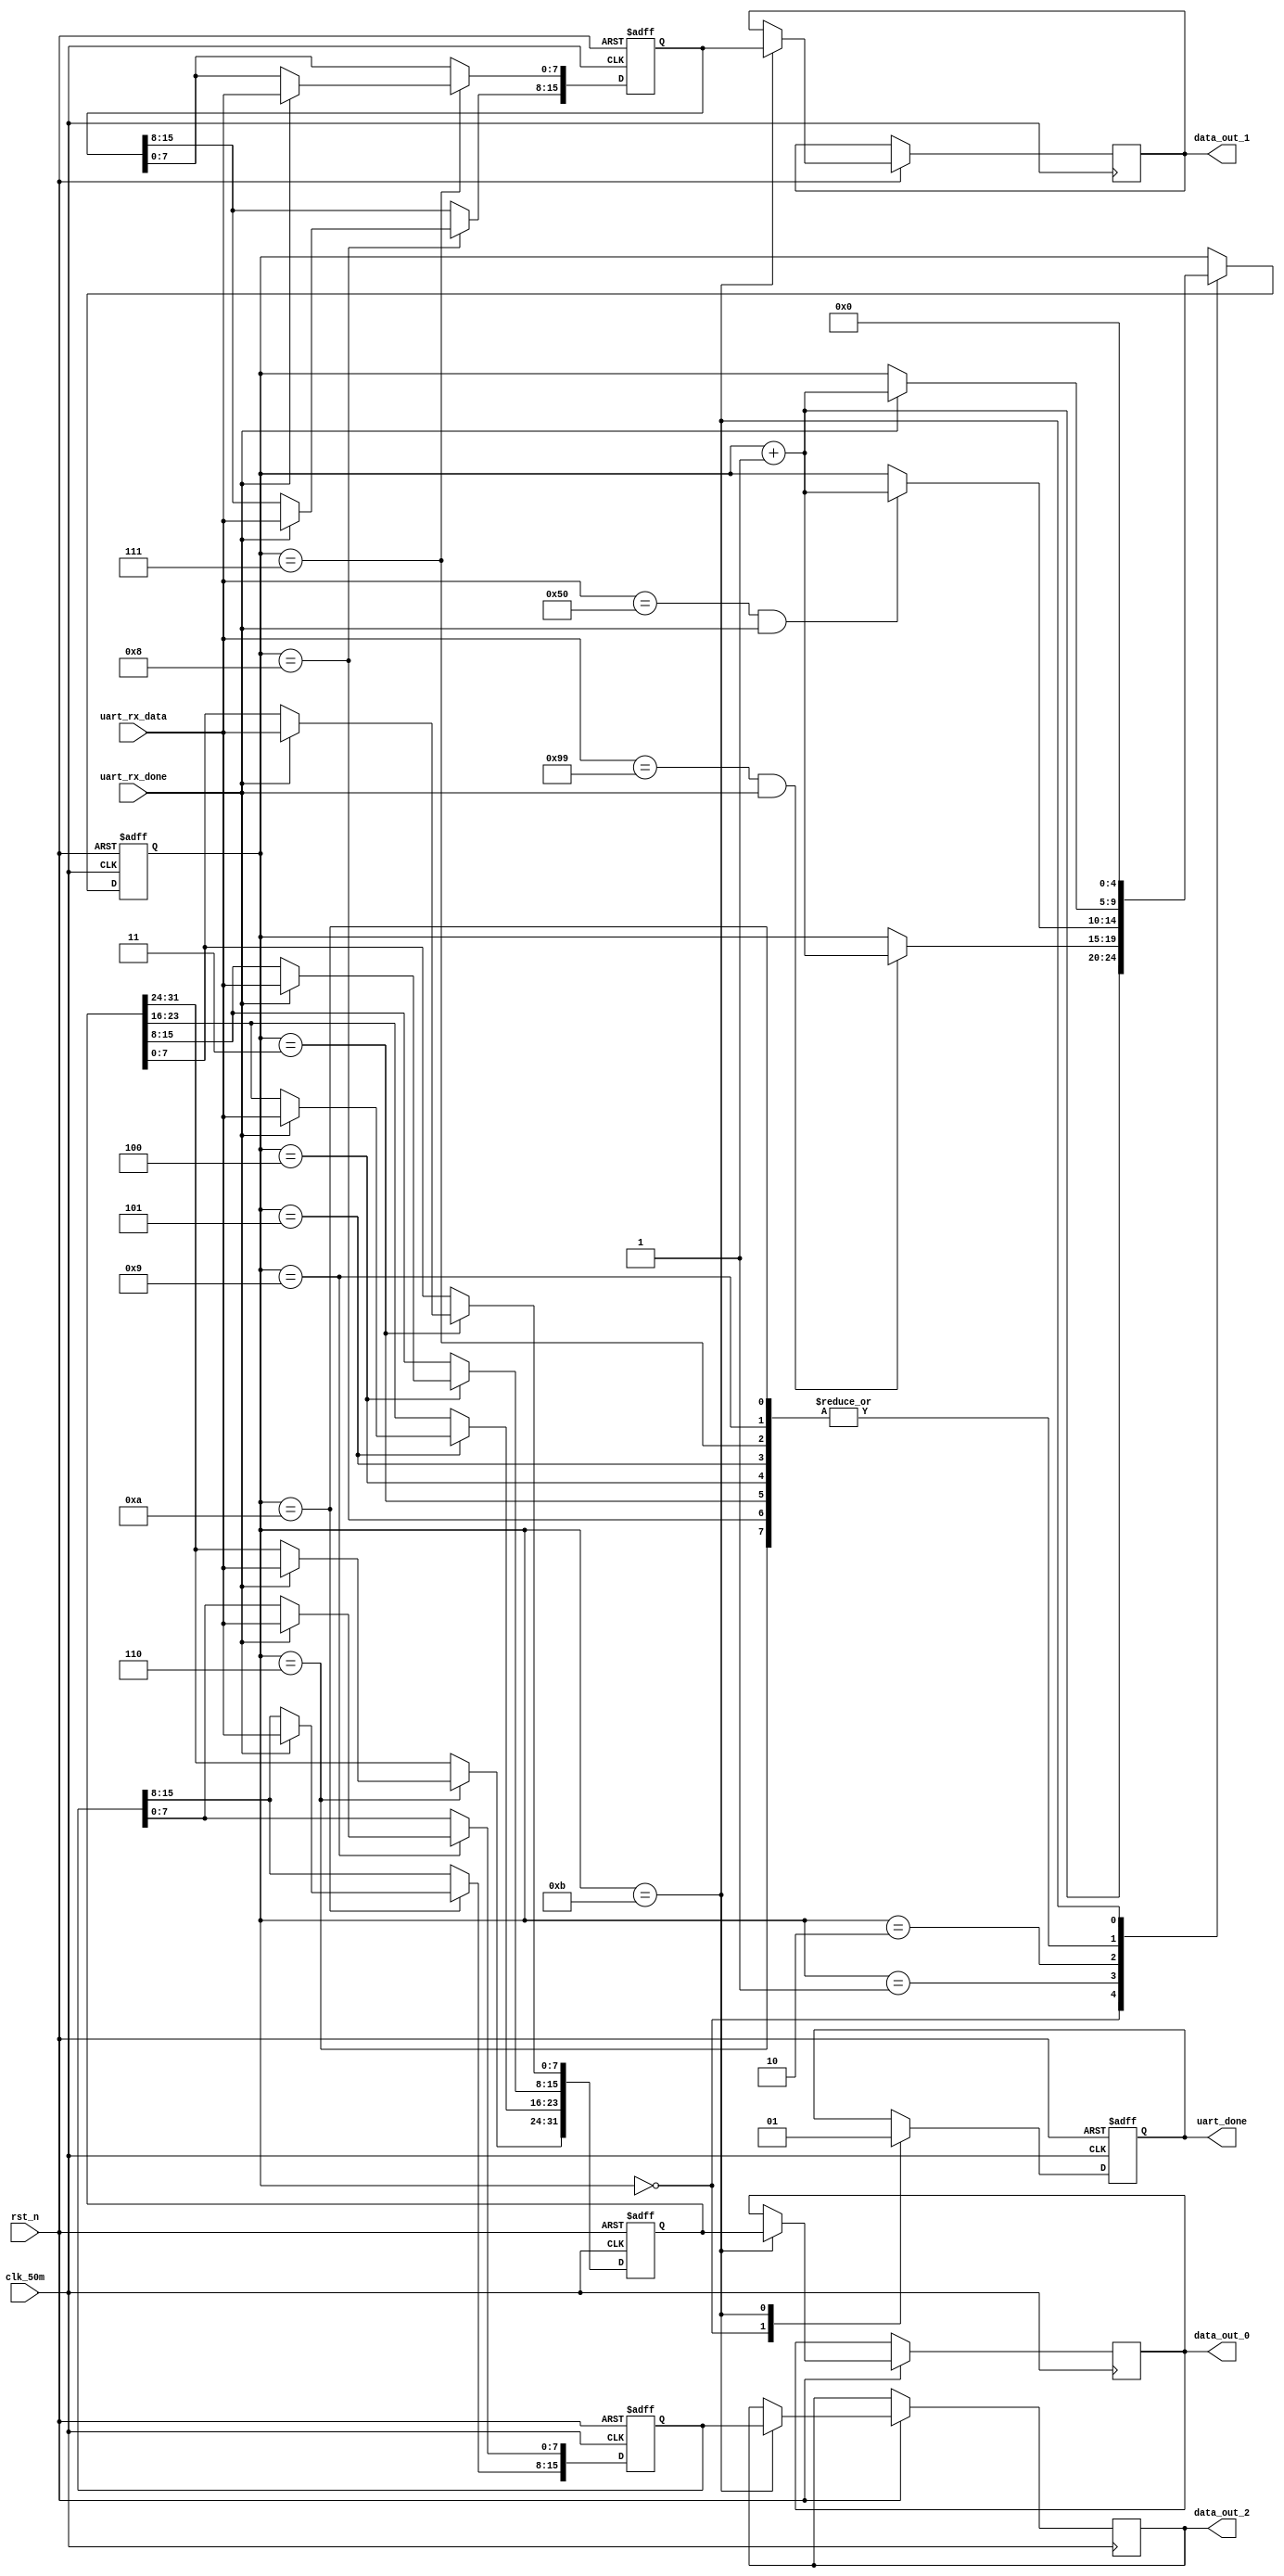
// This program was cloned from: https://github.com/Nitcloud/Digital-IDE
// License: GNU General Public License v3.0

module uart_rx_control
(
	input		    clk_50m,
	input 			rst_n,
	input			uart_rx_done,
	input  [7:0]    uart_rx_data,
	output [31:0]   data_out_0,
	output [15:0]   data_out_1,
	output [15:0]   data_out_2,
	output 			uart_done
);
reg [31:0] 			uart_data_buf_0;
reg [31:0] 			data_out_r_0;

reg [15:0] 			uart_data_buf_1;
reg [15:0] 			data_out_r_1;

reg [15:0] 			uart_data_buf_2;
reg [15:0] 			data_out_r_2;

reg [4:0] 			state;
reg 				   uart_done_buf;

always@(posedge clk_50m or negedge rst_n)
begin
	if(!rst_n)
	begin
		state <= 4'd0;
		uart_data_buf_0 <= 32'd0;
		uart_data_buf_1 <= 15'd0;
		uart_data_buf_2 <= 15'd0;
		uart_done_buf <= 1'd0;
	end
	else
	begin
		case(state)
			5'd0:begin uart_done_buf<=1'd0; state<=state+1; end
			5'd1:if((uart_rx_data == 8'h99)&&uart_rx_done)begin state<=state+1; end
			5'd2:if((uart_rx_data == 8'h50)&&uart_rx_done)begin state<=state+1; end				
			5'd3:if(uart_rx_done)begin uart_data_buf_0[7:0]<=uart_rx_data;  state<=state+1; end
			5'd4:if(uart_rx_done)begin uart_data_buf_0[15:8]<=uart_rx_data; state<=state+1; end
			5'd5:if(uart_rx_done)begin uart_data_buf_0[23:16]<=uart_rx_data; state<=state+1; end
			5'd6:if(uart_rx_done)begin uart_data_buf_0[31:24]<=uart_rx_data; state<=state+1; end
			5'd7:if(uart_rx_done)begin uart_data_buf_1[7:0]<=uart_rx_data;  state<=state+1; end
			5'd8:if(uart_rx_done)begin uart_data_buf_1[15:8]<=uart_rx_data; state<=state+1; end
			5'd9:if(uart_rx_done)begin uart_data_buf_2[7:0]<=uart_rx_data;  state<=state+1; end
			5'd10:if(uart_rx_done)begin uart_data_buf_2[15:8]<=uart_rx_data; state<=state+1; end
			5'd11:begin data_out_r_0<=uart_data_buf_0; 
							data_out_r_1<=uart_data_buf_1;
							data_out_r_2<=uart_data_buf_2;
							uart_done_buf<=1'd1; state<=4'd0; 
					end
		endcase	
	end
end
assign data_out_0 = data_out_r_0;
assign data_out_1 = data_out_r_1;
assign data_out_2 = data_out_r_2;

assign uart_done = uart_done_buf;
endmodule